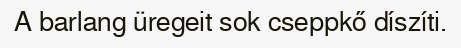
A barlang üregeit sok cseppkő díszíti.